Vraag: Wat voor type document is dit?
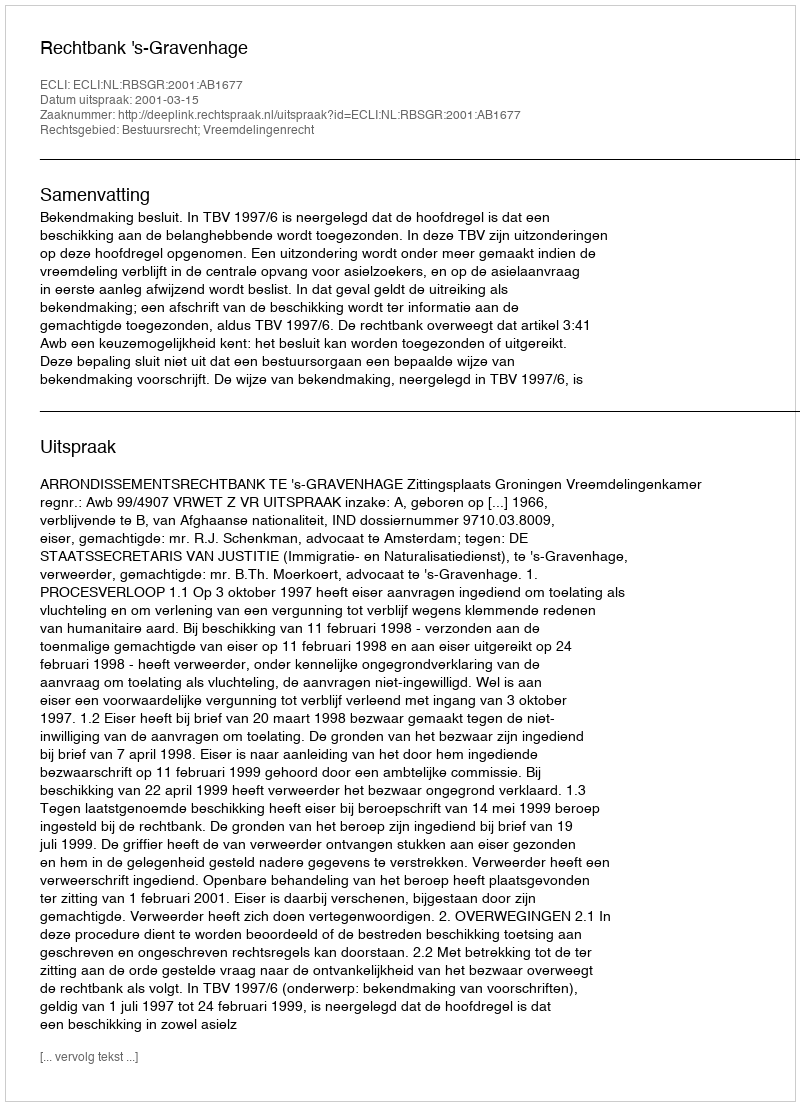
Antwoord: Uitspraak